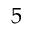
5